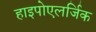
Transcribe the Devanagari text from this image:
हाइपोएलर्जिक